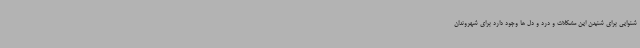
شنوایی برای شنیدن این مشکلات و درد و دل ها وجود دارد برای شهروندان